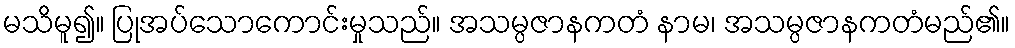
မသိမူ၍။ ပြုအပ်သောကောင်းမှုသည်။ အသမ္ပဇာနကတံ နာမ၊ အသမ္ပဇာနကတံမည်၏။